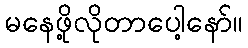
မနေဖို့လိုတာပေါ့နော်။